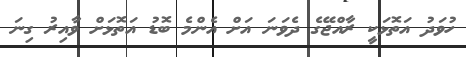
ހުވަދު އަތޮޅަކީ ރާއްޖޭގެ ދެވަނަ އަށް އެންމެ ބޮޑު އަތޮޅަށް ވާއިރު ގިނަ